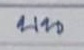
บน